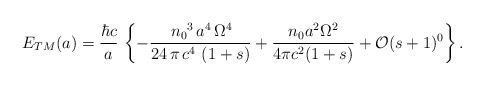
\begin{align*}E_{TM}(a) = \frac{\hbar c}{a} \, \left\{-\frac{\,{n_{0}}^3\,a^4\,{\Omega }^4 } {24\,\pi\,c^4\,\left( 1 + s \right)} +\frac{n_0 a^2\Omega^2}{4\pi c^2(1+s)} + \mathcal{O} (s+1)^0\right\}.\end{align*}